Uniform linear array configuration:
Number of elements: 8
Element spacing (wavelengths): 0.5
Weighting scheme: exponential
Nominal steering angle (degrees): -45
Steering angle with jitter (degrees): -43.066
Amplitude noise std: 0.05
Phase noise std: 0.05

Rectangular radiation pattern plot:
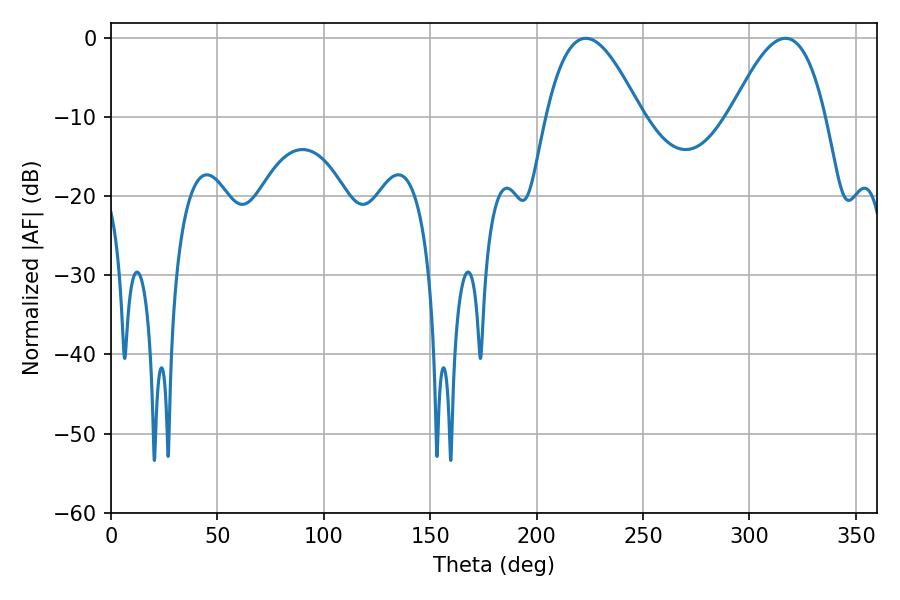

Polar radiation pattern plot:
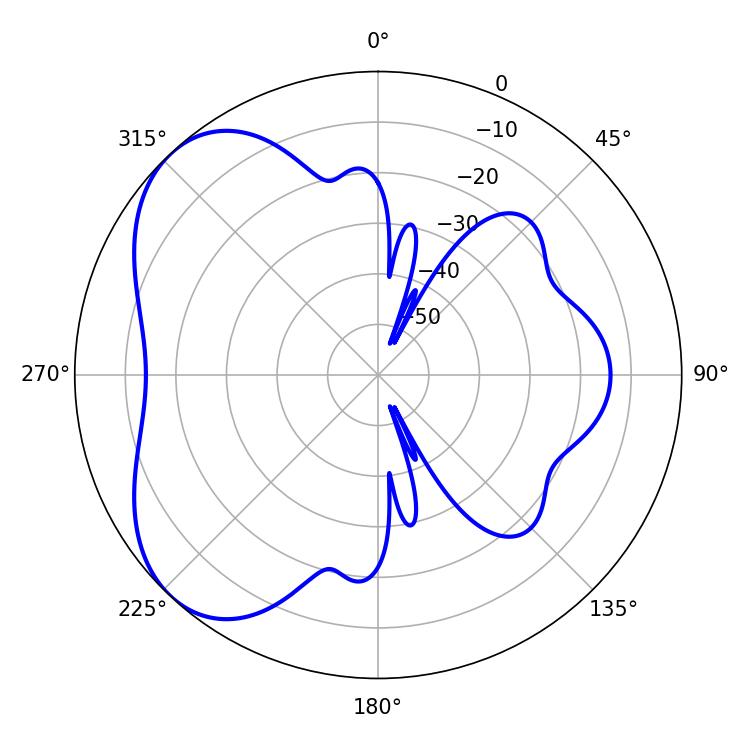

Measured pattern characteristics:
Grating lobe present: FALSE
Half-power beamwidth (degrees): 24.12
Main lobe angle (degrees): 223.02